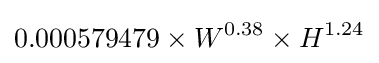
0.000579479\times W^{0.38}\times H^{1.24}